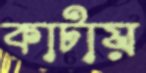
কাটায়